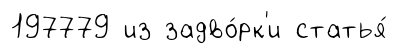
197779 из задво́рк'и статья́